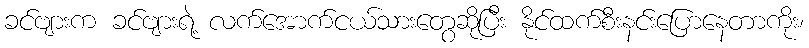
ခင်ဗျားက ခင်ဗျားရဲ့ လက်အောက်ငယ်သားတွေဆိုပြီး နိုင်ထက်စီးနင်းပြောနေတာကိုး၊